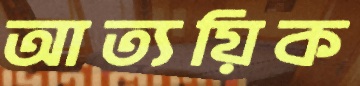
আত্যয়িক